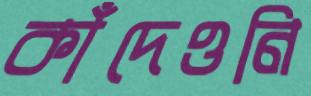
কাঁদেওনি